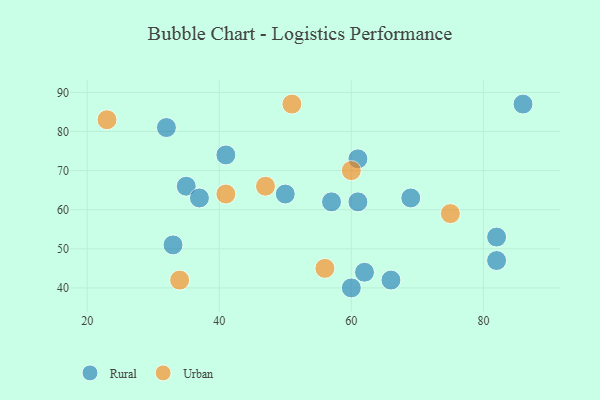
{"axis": {"x": "GDP", "y": "Life Expectancy"}, "legend": ["Rural", "Urban"], "data": [{"x": "61", "y": 73, "type": "Rural"}, {"x": "86", "y": 87, "type": "Rural"}, {"x": "82", "y": 53, "type": "Rural"}, {"x": "41", "y": 74, "type": "Rural"}, {"x": "62", "y": 44, "type": "Rural"}, {"x": "66", "y": 42, "type": "Rural"}, {"x": "69", "y": 63, "type": "Rural"}, {"x": "82", "y": 47, "type": "Rural"}, {"x": "32", "y": 81, "type": "Rural"}, {"x": "50", "y": 64, "type": "Rural"}, {"x": "60", "y": 40, "type": "Rural"}, {"x": "33", "y": 51, "type": "Rural"}, {"x": "35", "y": 66, "type": "Rural"}, {"x": "37", "y": 63, "type": "Rural"}, {"x": "61", "y": 62, "type": "Rural"}, {"x": "57", "y": 62, "type": "Rural"}, {"x": "51", "y": 87, "type": "Urban"}, {"x": "23", "y": 83, "type": "Urban"}, {"x": "47", "y": 66, "type": "Urban"}, {"x": "60", "y": 70, "type": "Urban"}, {"x": "41", "y": 64, "type": "Urban"}, {"x": "75", "y": 59, "type": "Urban"}, {"x": "34", "y": 42, "type": "Urban"}, {"x": "56", "y": 45, "type": "Urban"}]}